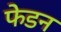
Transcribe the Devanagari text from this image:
फेडन